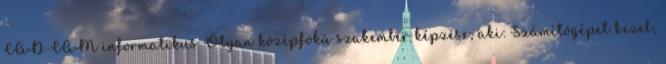
CAD-CAM informatikus Olyan középfokú szakember képzése, aki: Számítógépet kezel,